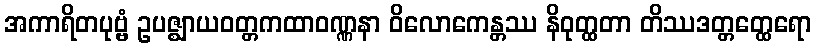
အကာရိတပုဗ္ဗံ ဥပဇ္ဈာယဝတ္တကထာဝဏ္ဏနာ ဝိလောကေန္တဿ နိဝုတ္ထတာ တိဿဒတ္တတ္ထေရော